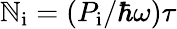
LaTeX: \mathbb{N}_{\mathrm{{i}}}=\left(P_{\mathrm{{i}}}/\hbar\omega\right)\tau